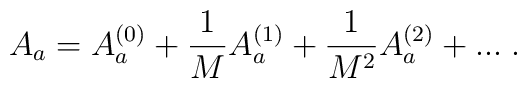
A_{a} = A^{(0)}_{a} + \frac{1}{M} A^{(1)}_{a} + \frac{1}{M^2} A^{(2)}_{a} +... \;.